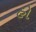
હો